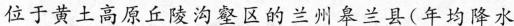
位于黄土高原丘陵沟壑区的兰州皋兰县(年均降水